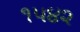
૧૫૪૨